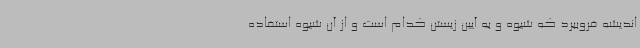
اندیشه فروببرد که شیوه و به آیین زیستن کدام است و از آن شیوه استفاده